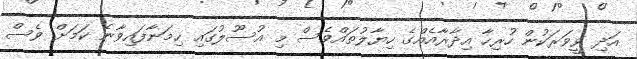
އަދި ވީވަރަކުން ހުރިހާ އިދާރާއެއްގެ ހިޔާލުތައްވެސް މި އުސޫލުގައި ހިމަނާފައިވާނެ ކަމަށް ވެސް